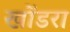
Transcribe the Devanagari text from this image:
खोंडरा